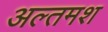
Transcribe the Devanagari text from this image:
अल्‍तमश